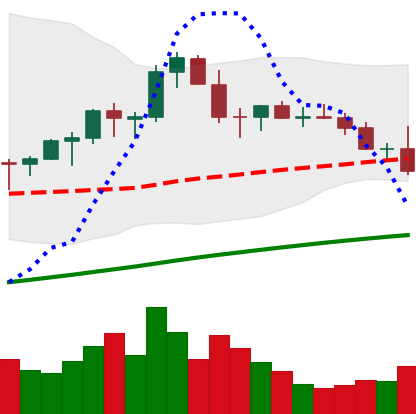
Ticker: LTC-USD
Chart end date: 2021-03-24
Forward return: 9.468%
Label: up_7plus